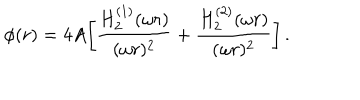
\phi ( r ) = 4 A \biggl [ { \frac { H _ { 2 } ^ { ( 1 ) } ( \omega r ) } { ( \omega r ) ^ { 2 } } } + { \frac { H _ { 2 } ^ { ( 2 ) } ( \omega r ) } { ( \omega r ) ^ { 2 } } } \biggr ] \, .